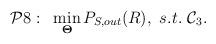
LaTeX: \begin{align*} \begin{aligned}\mathcal{P}8:~&\min_{\bold{\Theta}} P_{S,out}(R),~s.t.~ \mathcal{C}_3. \end{aligned} \end{align*}